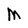
Character: M